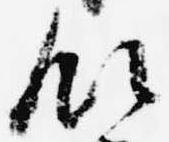
領